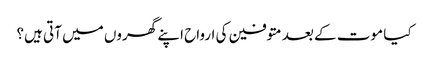
کیا موت کے بعد متوفین کی ارواح اپنے گھروں میں‌ آتی ہیں؟